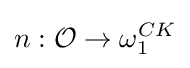
n:{\mathcal {O}}\to \omega _{1}^{CK}